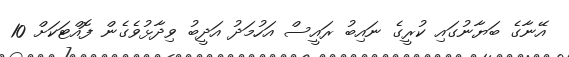
އޭނާގެ ބަޔާނުގައި ކުރީގެ ނައިބު ރައީސް އަހުމަދު އަދީބު ވިދާޅުވެގެން ފޮއްޓަކަށް 10